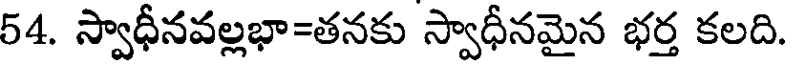
54. స్వాధీనవల్లభా=తనకు స్వాధీనమైన భర్త కలది.